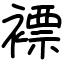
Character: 褾